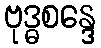
ဗုဒ္ဓစန္ဒေ